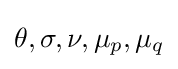
\theta ,\sigma ,\nu ,\mu _{p},\mu _{q}